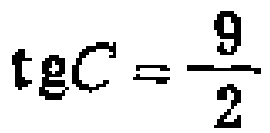
\(\mathrm{tg}C = \frac{9}{2}\)